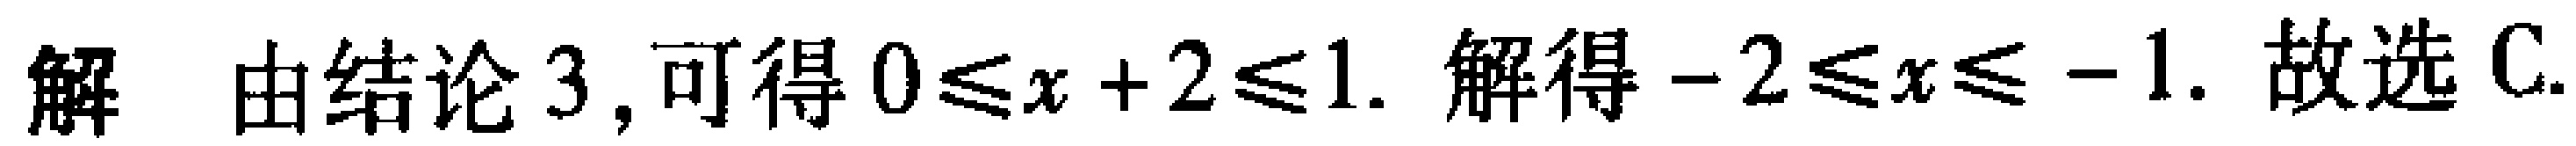
解 由结论 3, 可得 \(0\leqslant x + 2\leqslant 1\). 解得 \(-2\leqslant x\leqslant -1\). 故选 C.